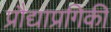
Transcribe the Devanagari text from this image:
प्रौद्याप्रगिकी